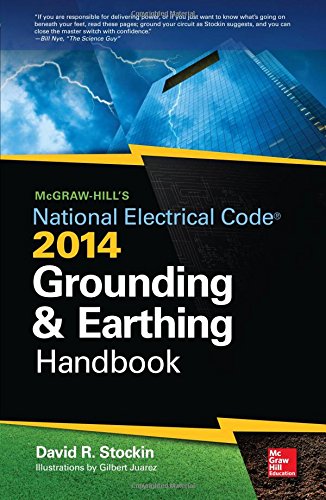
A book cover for McGraw-Hill's NEC 2014 Grounding and Earthing Handbook; David Stockin; Science & Math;